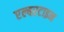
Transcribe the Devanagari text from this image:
एल्बरटाइन